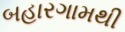
બહારગામથી